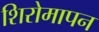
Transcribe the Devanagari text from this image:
शिरोमापन